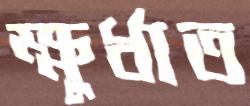
ক্ষুর্ধাত